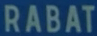
RABAT